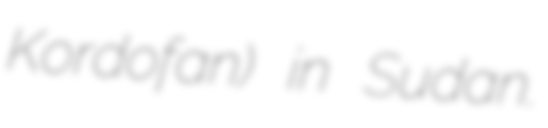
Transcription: Kordofan) in Sudan.